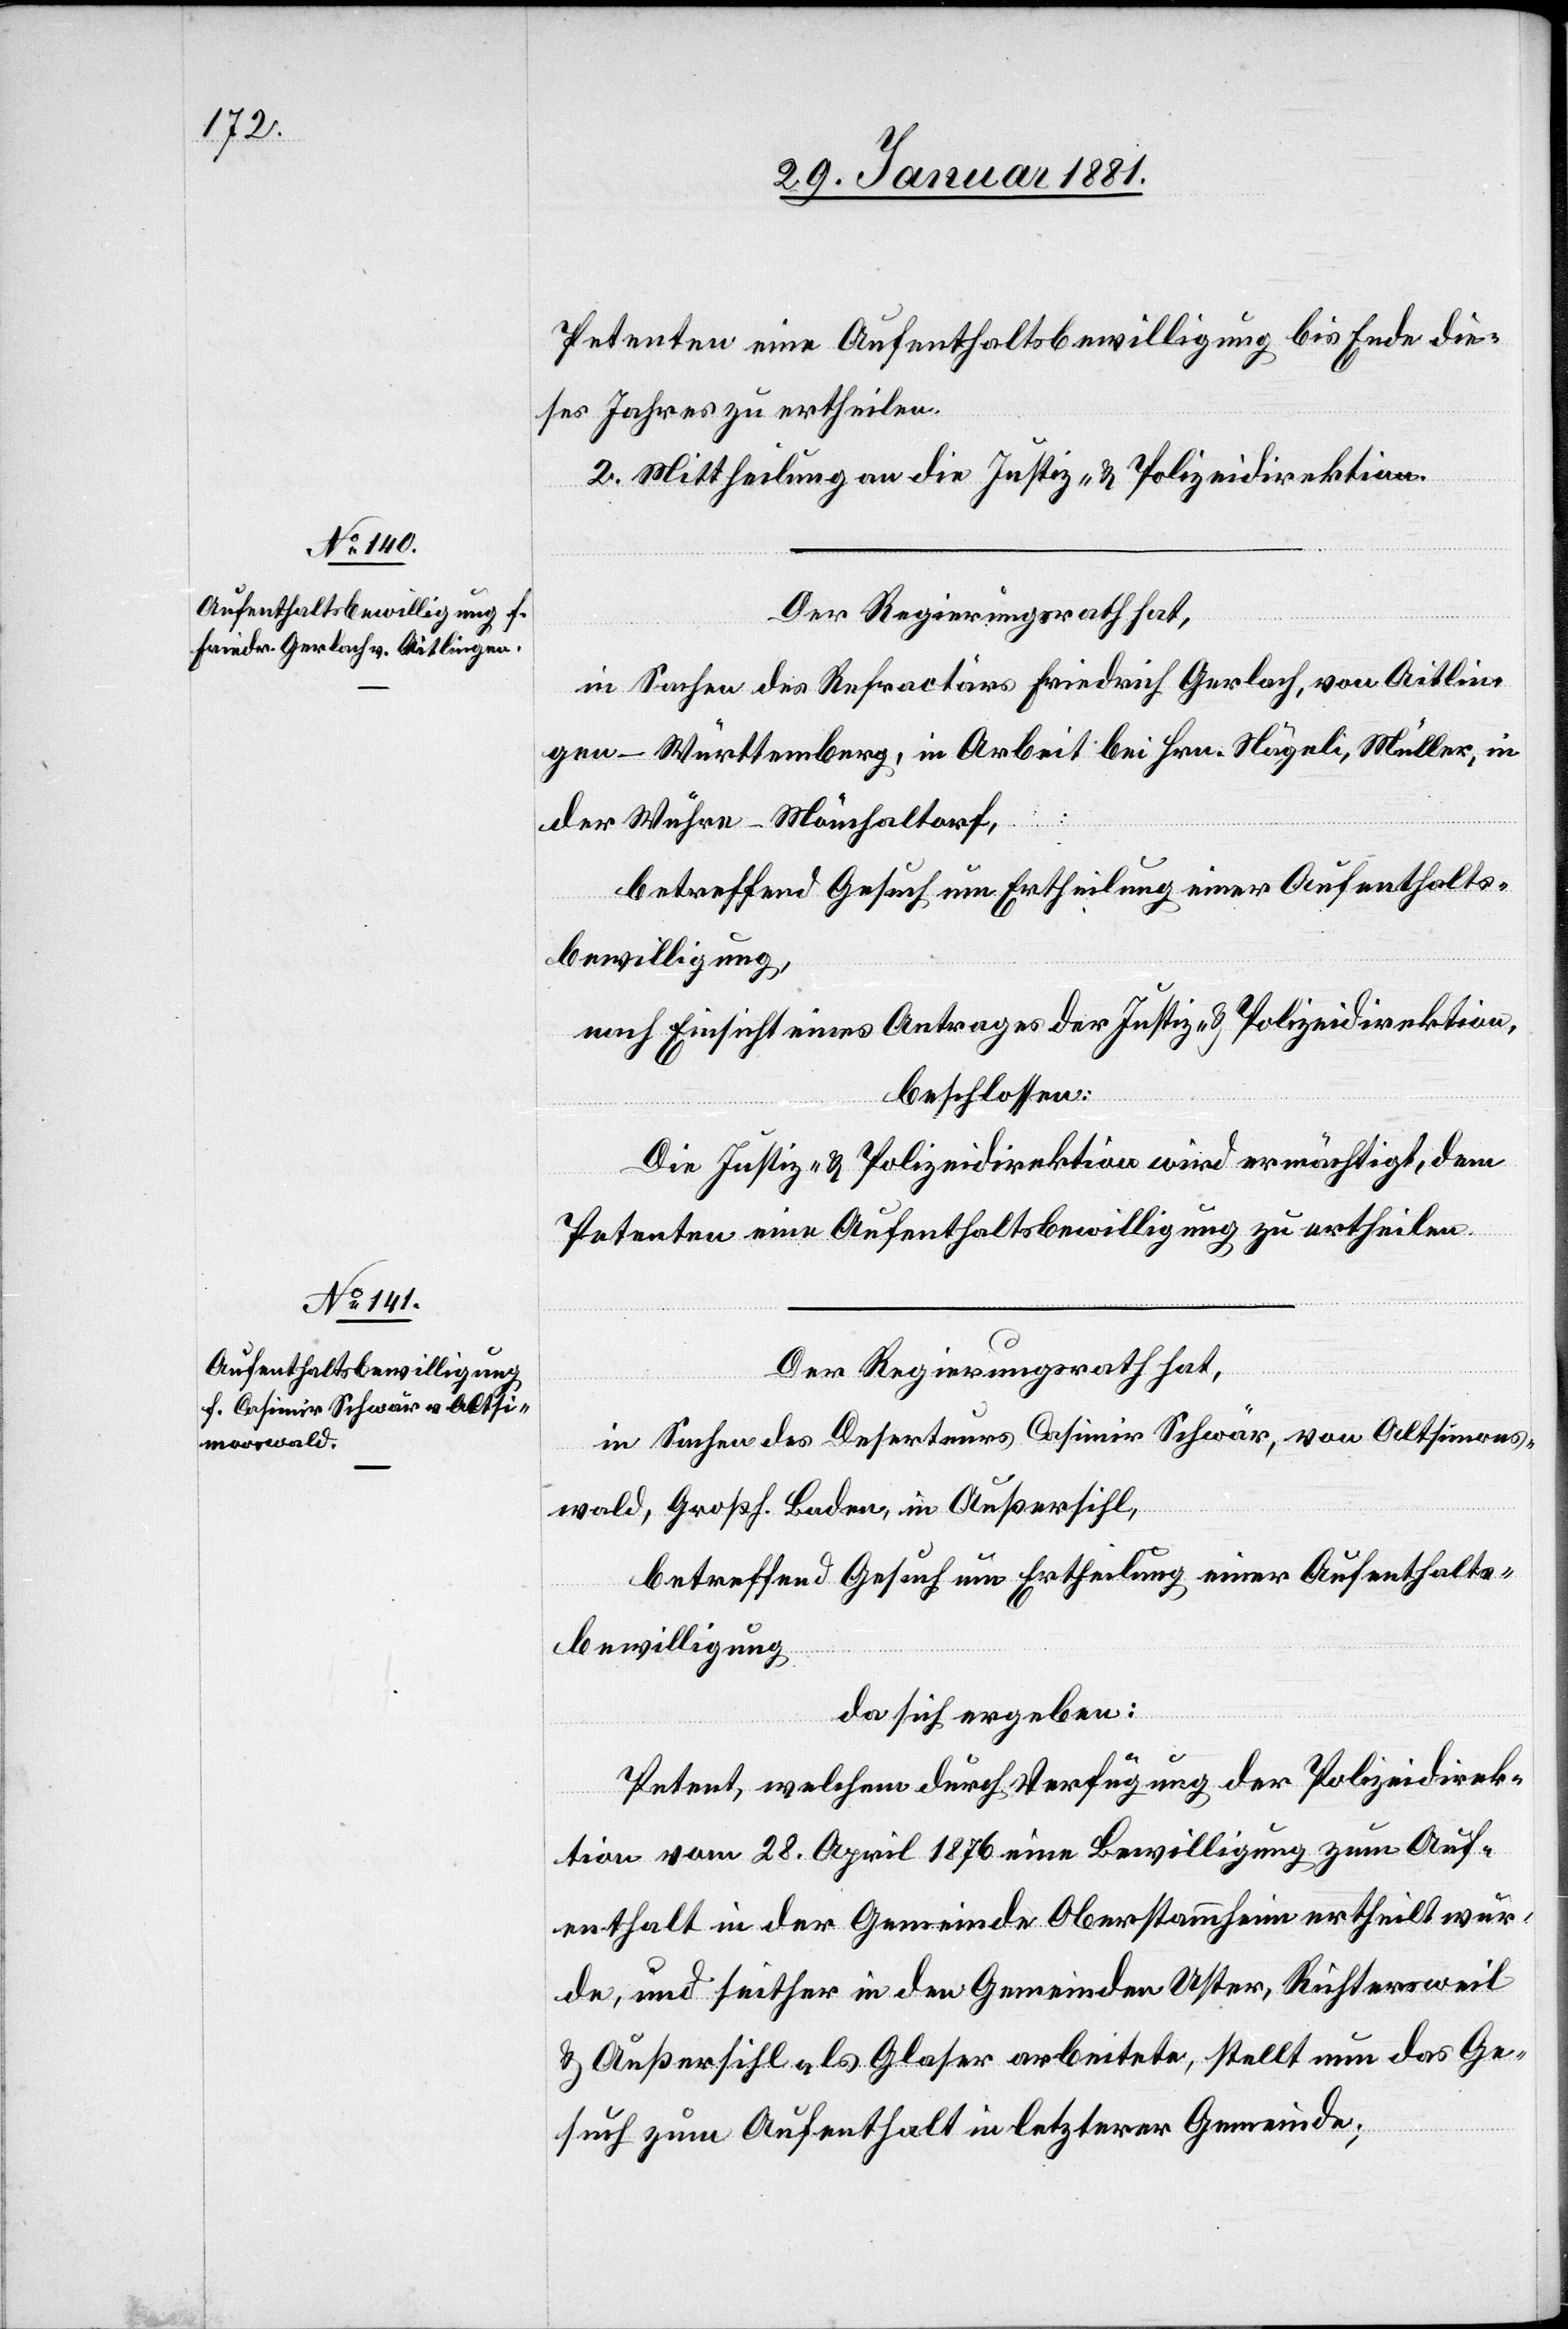
Petenten eine Aufenthaltsgenehmigung bis Ende die¬
ses Jahres zu ertheilen.
2. Mittheilung an die Justiz- & Polizeidirektion.
Der Regierungsrath hat,
in Sachen des Refractärs Friedrich Gerlach, von Aitlin¬
gen - Württemberg, in Arbeit bei Hrn. Nägeli, Müller, in
der Wuhre - Mönchaltorf,
betreffend Gesuch um Ertheilung einer Aufenthalts¬
bewilligung,
nach Einsicht eines Antrages der Justiz- & Polizeidirektion,
beschlossen:
Die Justiz- & Polizeidirektion wird ermächtigt, dem
Petenten eine Aufenthaltsbewilligung zu ertheilen.
Der Regierungsrath hat,
in Sachen des Deserteurs Casimir Schwär, von Altsimons¬
wald, Großh. Baden, in Außersihl,
betreffend Gesuch um Ertheilung einer Aufenthalts¬
bewilligung
da sich ergeben:
Petent, welchem durch Verfügung der Polizeidirek¬
tion vom 28. April 1876 eine Bewilligung zum Auf¬
enthalt in der Gemeinde Oberstammheim ertheilt wur¬
de, und seither in den Gemeinden Uster, Richtersweil,
& Außersihl als Glaser arbeitete, stellt nun das Ge¬
such um Aufenthalt in letzterer Gemeinde;